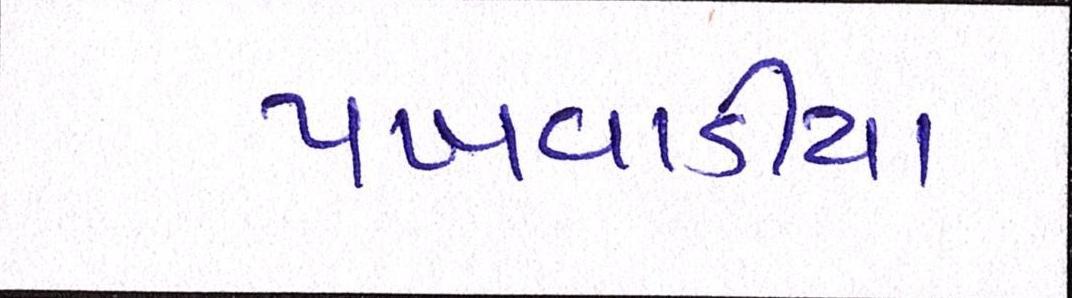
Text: પખવાડીયા